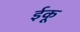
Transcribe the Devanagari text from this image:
ईकू